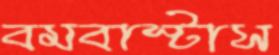
বমবাস্টাস